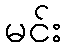
မင်း